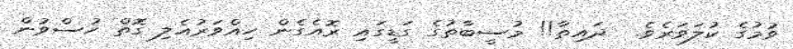
ވުމުގެ ކުލަވަރެވެ.  ދައިތާ!! މުސީބާތުގެ ގަޑީގައި ރޮއެގެން ހިއްވަރުއެލި ގޮތް ހުސްވުން